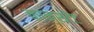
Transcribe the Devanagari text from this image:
कान्सटेंट